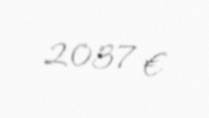
2037 €